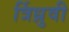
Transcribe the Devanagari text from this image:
र्त्रिध्रुवी